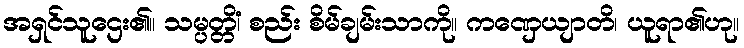
အရှင်သူဌေး၏။ သမ္ပတ္တိံ၊ စည်း စိမ်ချမ်းသာကို။ ကဏှေယျာတိ၊ ယူရာ၏ဟု။